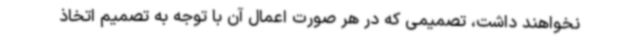
نخواهند داشت، تصمیمی که در هر صورت اعمال آن با توجه به تصمیم اتخاذ